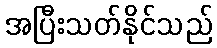
အပြီးသတ်နိုင်သည်